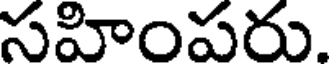
సహింపరు.